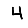
Digit: 4